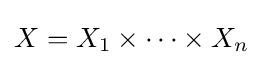
X=X_{1}\times \cdots \times X_{n}